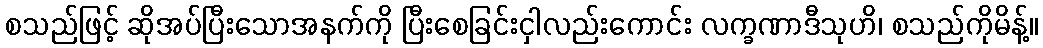
စသည်ဖြင့် ဆိုအပ်ပြီးသောအနက်ကို ပြီးစေခြင်းငှါလည်းကောင်း လက္ခဏာဒီသုဟိ၊ စသည်ကိုမိန့်။